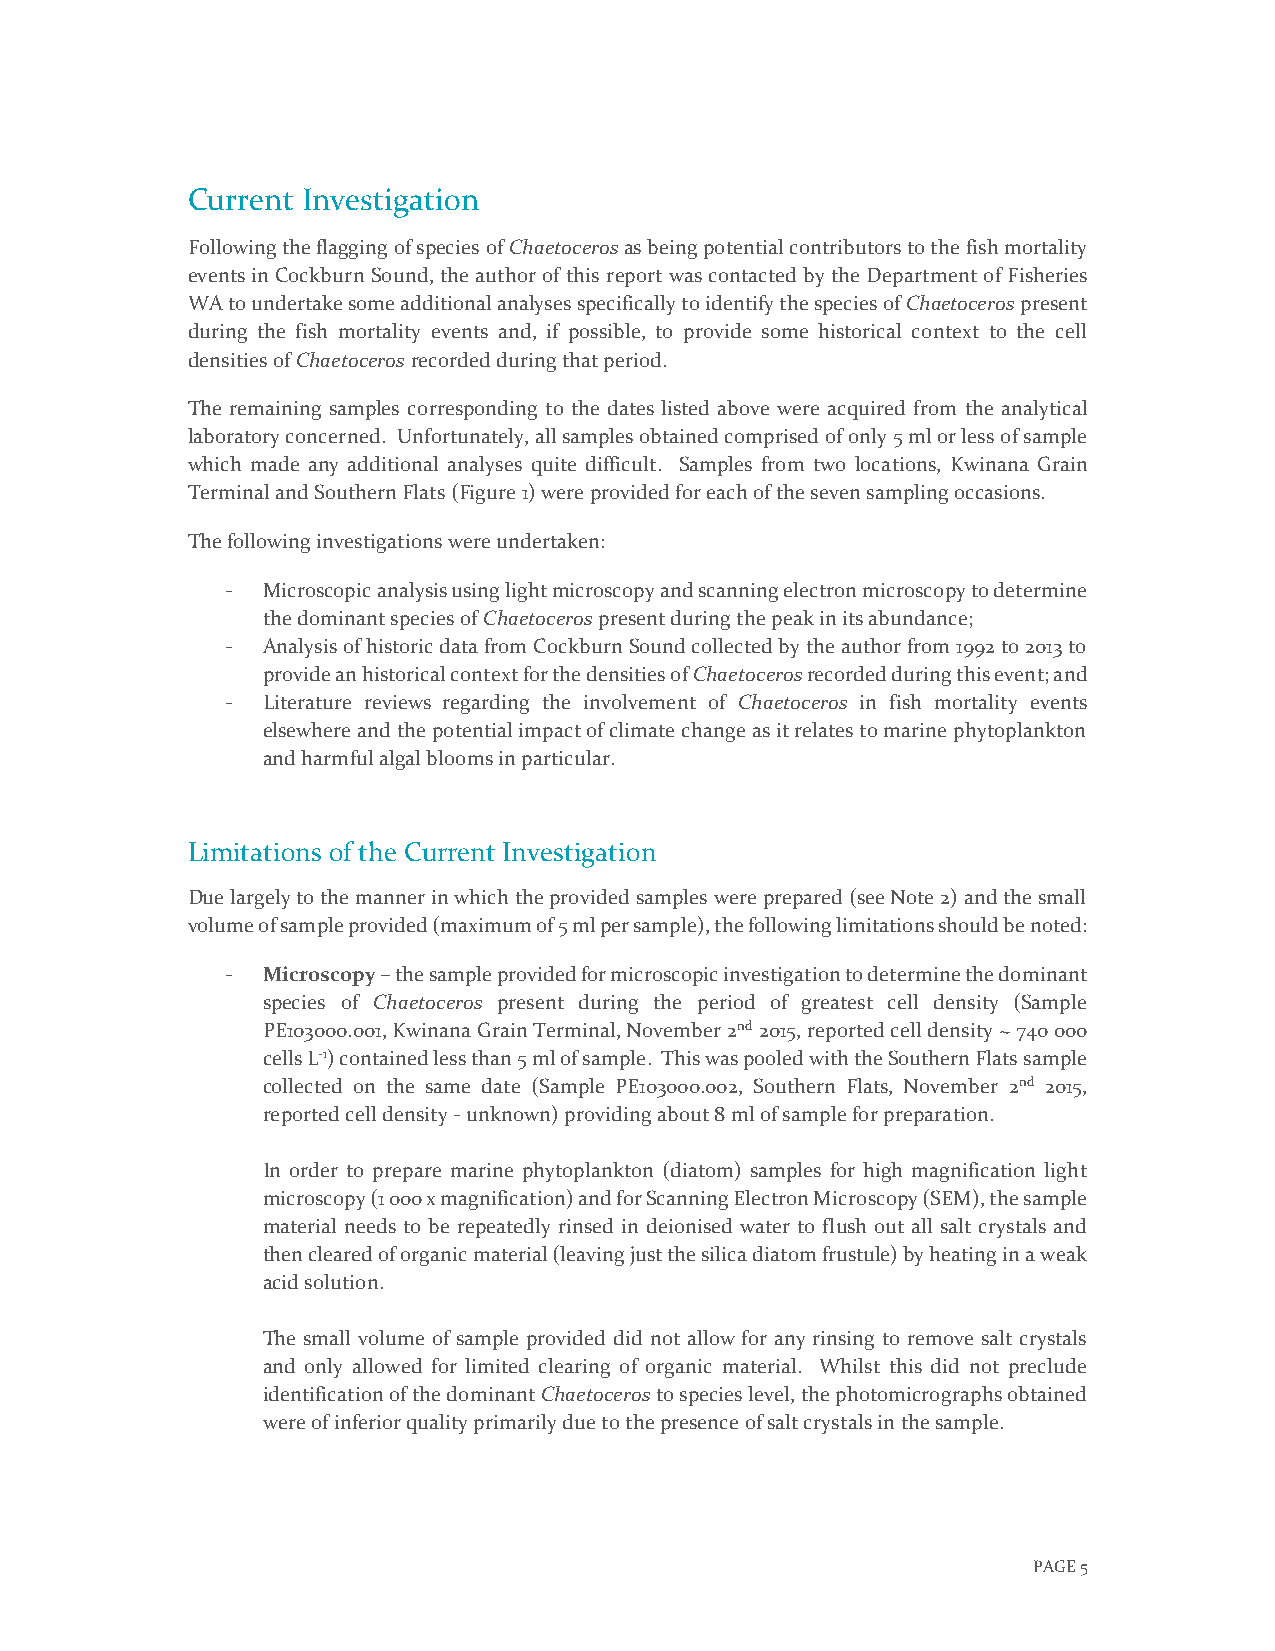
Current Investigation
 Following the flagging of species of Chaetoceros as being potential contributors to the fish mortality
 events in Cockburn Sound, the author of this report was contacted by the Department of Fisheries
 WA to undertake some additional analyses specifically to identify the species of Chaetoceros present
 during the fish mortality events and, if possible, to provide some historical context to the cell
 densities of Chaetoceros recorded during that period.
 The remaining samples corresponding to the dates listed above were acquired from the analytical
 laboratory concerned. Unfortunately, all samples obtained comprised of only 5 ml or less of sample
 which made any additional analyses quite difficult. Samples from two locations, Kwinana Grain
 Terminal and Southern Flats (Figure 1) were provided for each of the seven sampling occasions.
 The following investigations were undertaken:
 - Microscopic analysis using light microscopy and scanning electron microscopy to determine
 the dominant species of Chaetoceros present during the peak in its abundance;
 - Analysis of historic data from Cockburn Sound collected by the author from 1992 to 2013 to
 provide an historical context for the densities of Chaetoceros recorded during this event; and
 - Literature reviews regarding the involvement of Chaetoceros in fish mortality events
 elsewhere and the potential impact of climate change as it relates to marine phytoplankton
 and harmful algal blooms in particular.
 Limitations of the Current Investigation
 Due largely to the manner in which the provided samples were prepared (see Note 2) and the small
 volume of sample provided (maximum of 5 ml per sample), the following limitations should be noted:
 - Microscopy – the sample provided for microscopic investigation to determine the dominant
 species of Chaetoceros present during the period of greatest cell density (Sample
 PE103000.001, Kwinana Grain Terminal, November 2nd 2015, reported cell density ~ 740 000
 cells L-1) contained less than 5 ml of sample. This was pooled with the Southern Flats sample
 collected on the same date (Sample PE103000.002, Southern Flats, November 2nd 2015,
 reported cell density - unknown) providing about 8 ml of sample for preparation.
 In order to prepare marine phytoplankton (diatom) samples for high magnification light
 microscopy (1 000 x magnification) and for Scanning Electron Microscopy (SEM), the sample
 material needs to be repeatedly rinsed in deionised water to flush out all salt crystals and
 then cleared of organic material (leaving just the silica diatom frustule) by heating in a weak
 acid solution.
 The small volume of sample provided did not allow for any rinsing to remove salt crystals
 and only allowed for limited clearing of organic material. Whilst this did not preclude
 identification of the dominant Chaetoceros to species level, the photomicrographs obtained
 were of inferior quality primarily due to the presence of salt crystals in the sample.
 PAGE 5